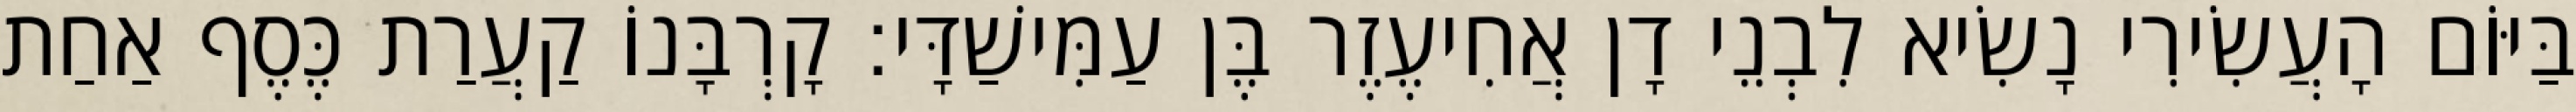
בַּיּוֹם הָעֲשִׂירִי נָשִׂיא לִבְנֵי דָן אֲחִיעֶזֶר בֶּן עַמִּישַׁדָּי׃ קָרְבָּנוֹ קַעֲרַת כֶּסֶף אַחַת